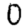
Digit: 0